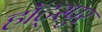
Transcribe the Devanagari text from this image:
हॉट्स्पुर